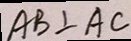
A B \bot A C